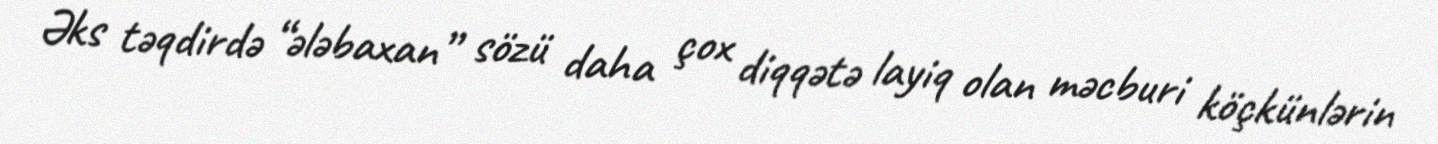
Əks təqdirdə “ələbaxan” sözü daha çox diqqətə layiq olan məcburi köçkünlərin